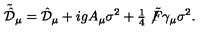
\tilde { \hat { \cal D } } _ { \mu } = \hat { \cal D } _ { \mu } + i g A _ { \mu } \sigma ^ { 2 } + { \textstyle \frac { 1 } { 4 } } \not \! \tilde { F } \gamma _ { \mu } \sigma ^ { 2 } .